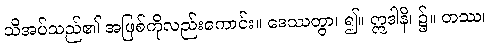
သိအပ်သည်၏ အဖြစ်ကိုလည်းကောင်း။ ဒေဿတွာ၊ ၍။ ဣဒါနိ၊ ၌။ တဿ၊